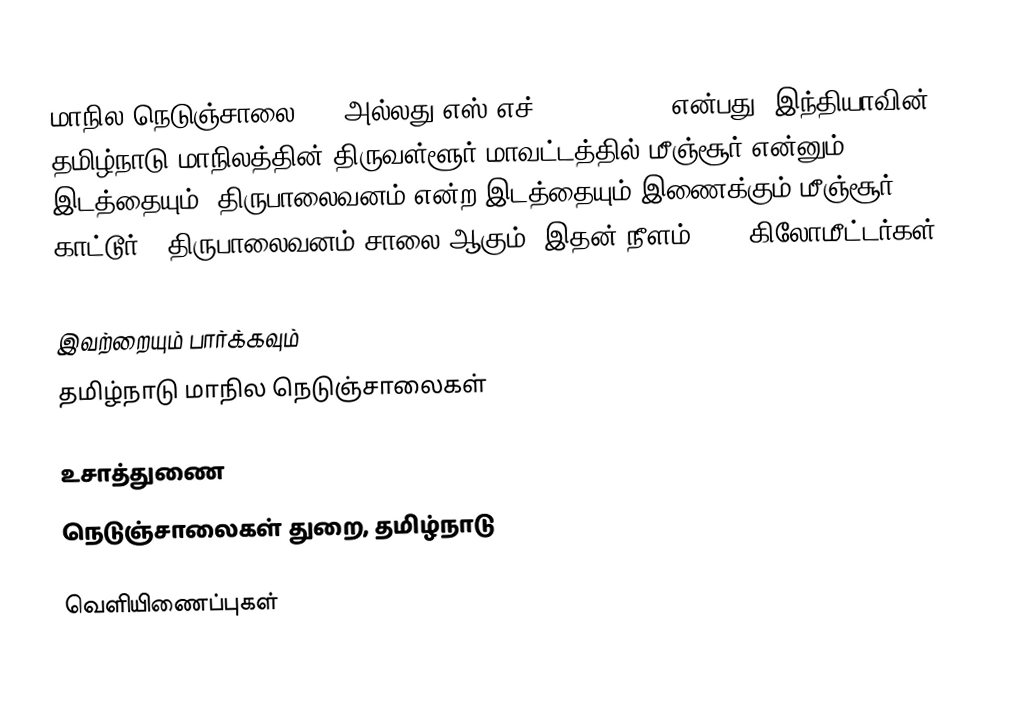
மாநில நெடுஞ்சாலை 107 அல்லது எஸ்.எச்-107 (SH 107) என்பது, இந்தியாவின் தமிழ்நாடு மாநிலத்தின் திருவள்ளூர் மாவட்டத்தில் மீஞ்சூர் என்னும் இடத்தையும், திருபாலைவனம் என்ற இடத்தையும் இணைக்கும் மீஞ்சூர் - காட்டூர் - திருபாலைவனம் சாலை ஆகும். இதன் நீளம் 17.2  கிலோமீட்டர்கள் .

இவற்றையும் பார்க்கவும்
 தமிழ்நாடு மாநில நெடுஞ்சாலைகள்

உசாத்துணை
 நெடுஞ்சாலைகள் துறை, தமிழ்நாடு

வெளியிணைப்புகள்